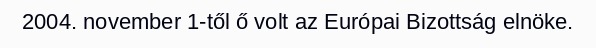
2004. november 1-től ő volt az Európai Bizottság elnöke.